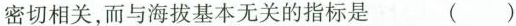
密切相关，而与海拔基本无关的指标是 ( )